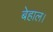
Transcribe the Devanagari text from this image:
बेहाल।